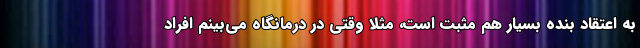
به اعتقاد بنده بسیار هم مثبت است، مثلا وقتی در درمانگاه می‌بینم افراد